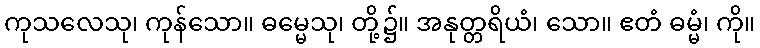
ကုသလေသု၊ ကုန်သော။ ဓမ္မေသု၊ တို့၌။ အနုတ္တရိယံ၊ သော။ ဧတံ ဓမ္မံ၊ ကို။